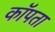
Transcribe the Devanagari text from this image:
कॉपता